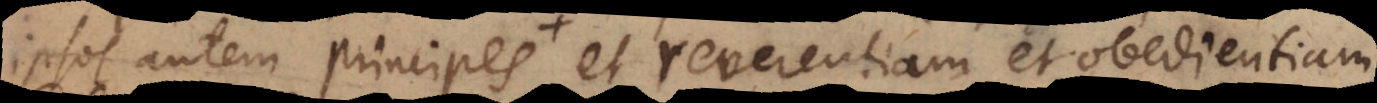
ipsos a et reverentiam et obedientiam